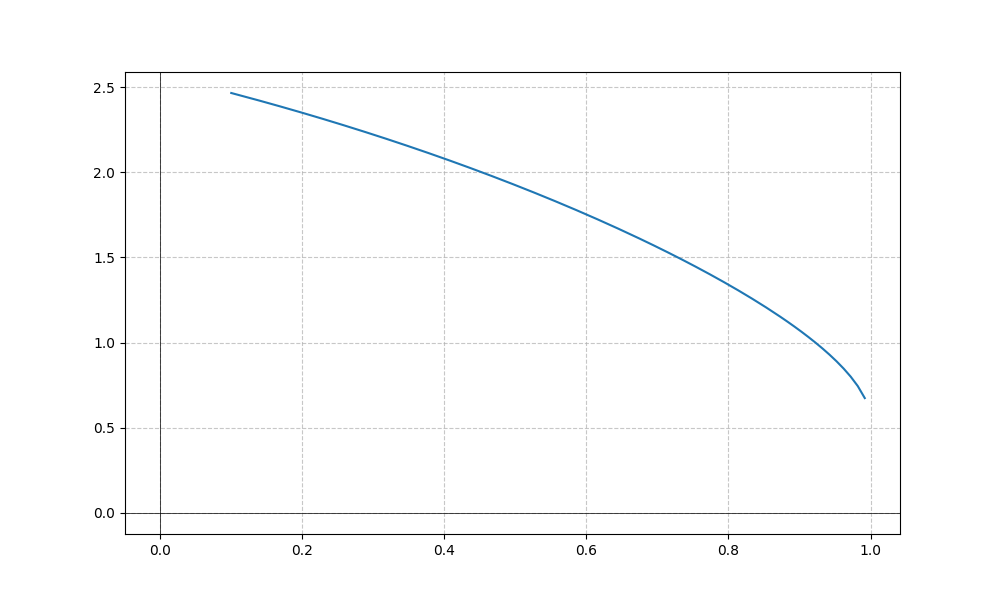
LaTeX formula: \cos{\left(x \right)} + \operatorname{acos}{\left(x \right)}